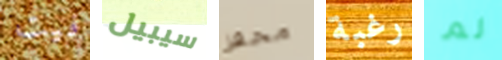
فيت سيبيل محفز رغبة لم